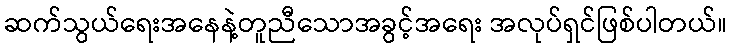
ဆက်သွယ်ရေးအနေနဲ့တူညီသောအခွင့်အရေး အလုပ်ရှင်ဖြစ်ပါတယ်။